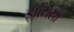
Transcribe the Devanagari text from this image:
झोयसा